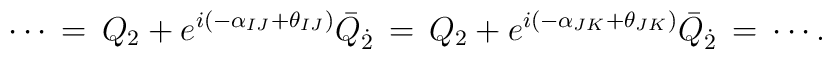
\cdots \, = \, Q_2 + e^{i(-\alpha_{IJ}+\theta_{IJ})}\bar{Q}_{\dot{2}} \, = \, Q_2 + e^{i(-\alpha_{JK}+\theta_{JK})}\bar{Q}_{\dot{2}} \, = \, \cdots.